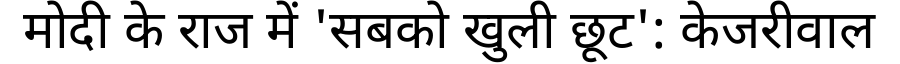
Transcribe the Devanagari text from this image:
मोदी के राज में 'सबको खुली छूट': केजरीवाल